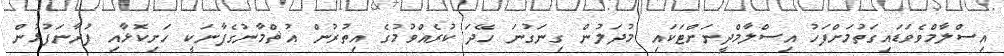
އިސްލާމްވެވަޑައިގަތުމަށްފަހު އިސްލާމްދީނަށްޓަކައި މުދަލުން ގިނަގުނަ ހޭދަ ކުރެއްވުމުގެ އިތުރުން އުޘްމާނުގެފާނަކީ ހަށިކޮޅާއި ފުރާނަފުޅުން